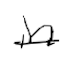
Text: in
Cross-out: single-line
Writing tool: digital_black